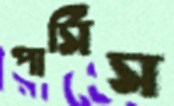
পার্সিস